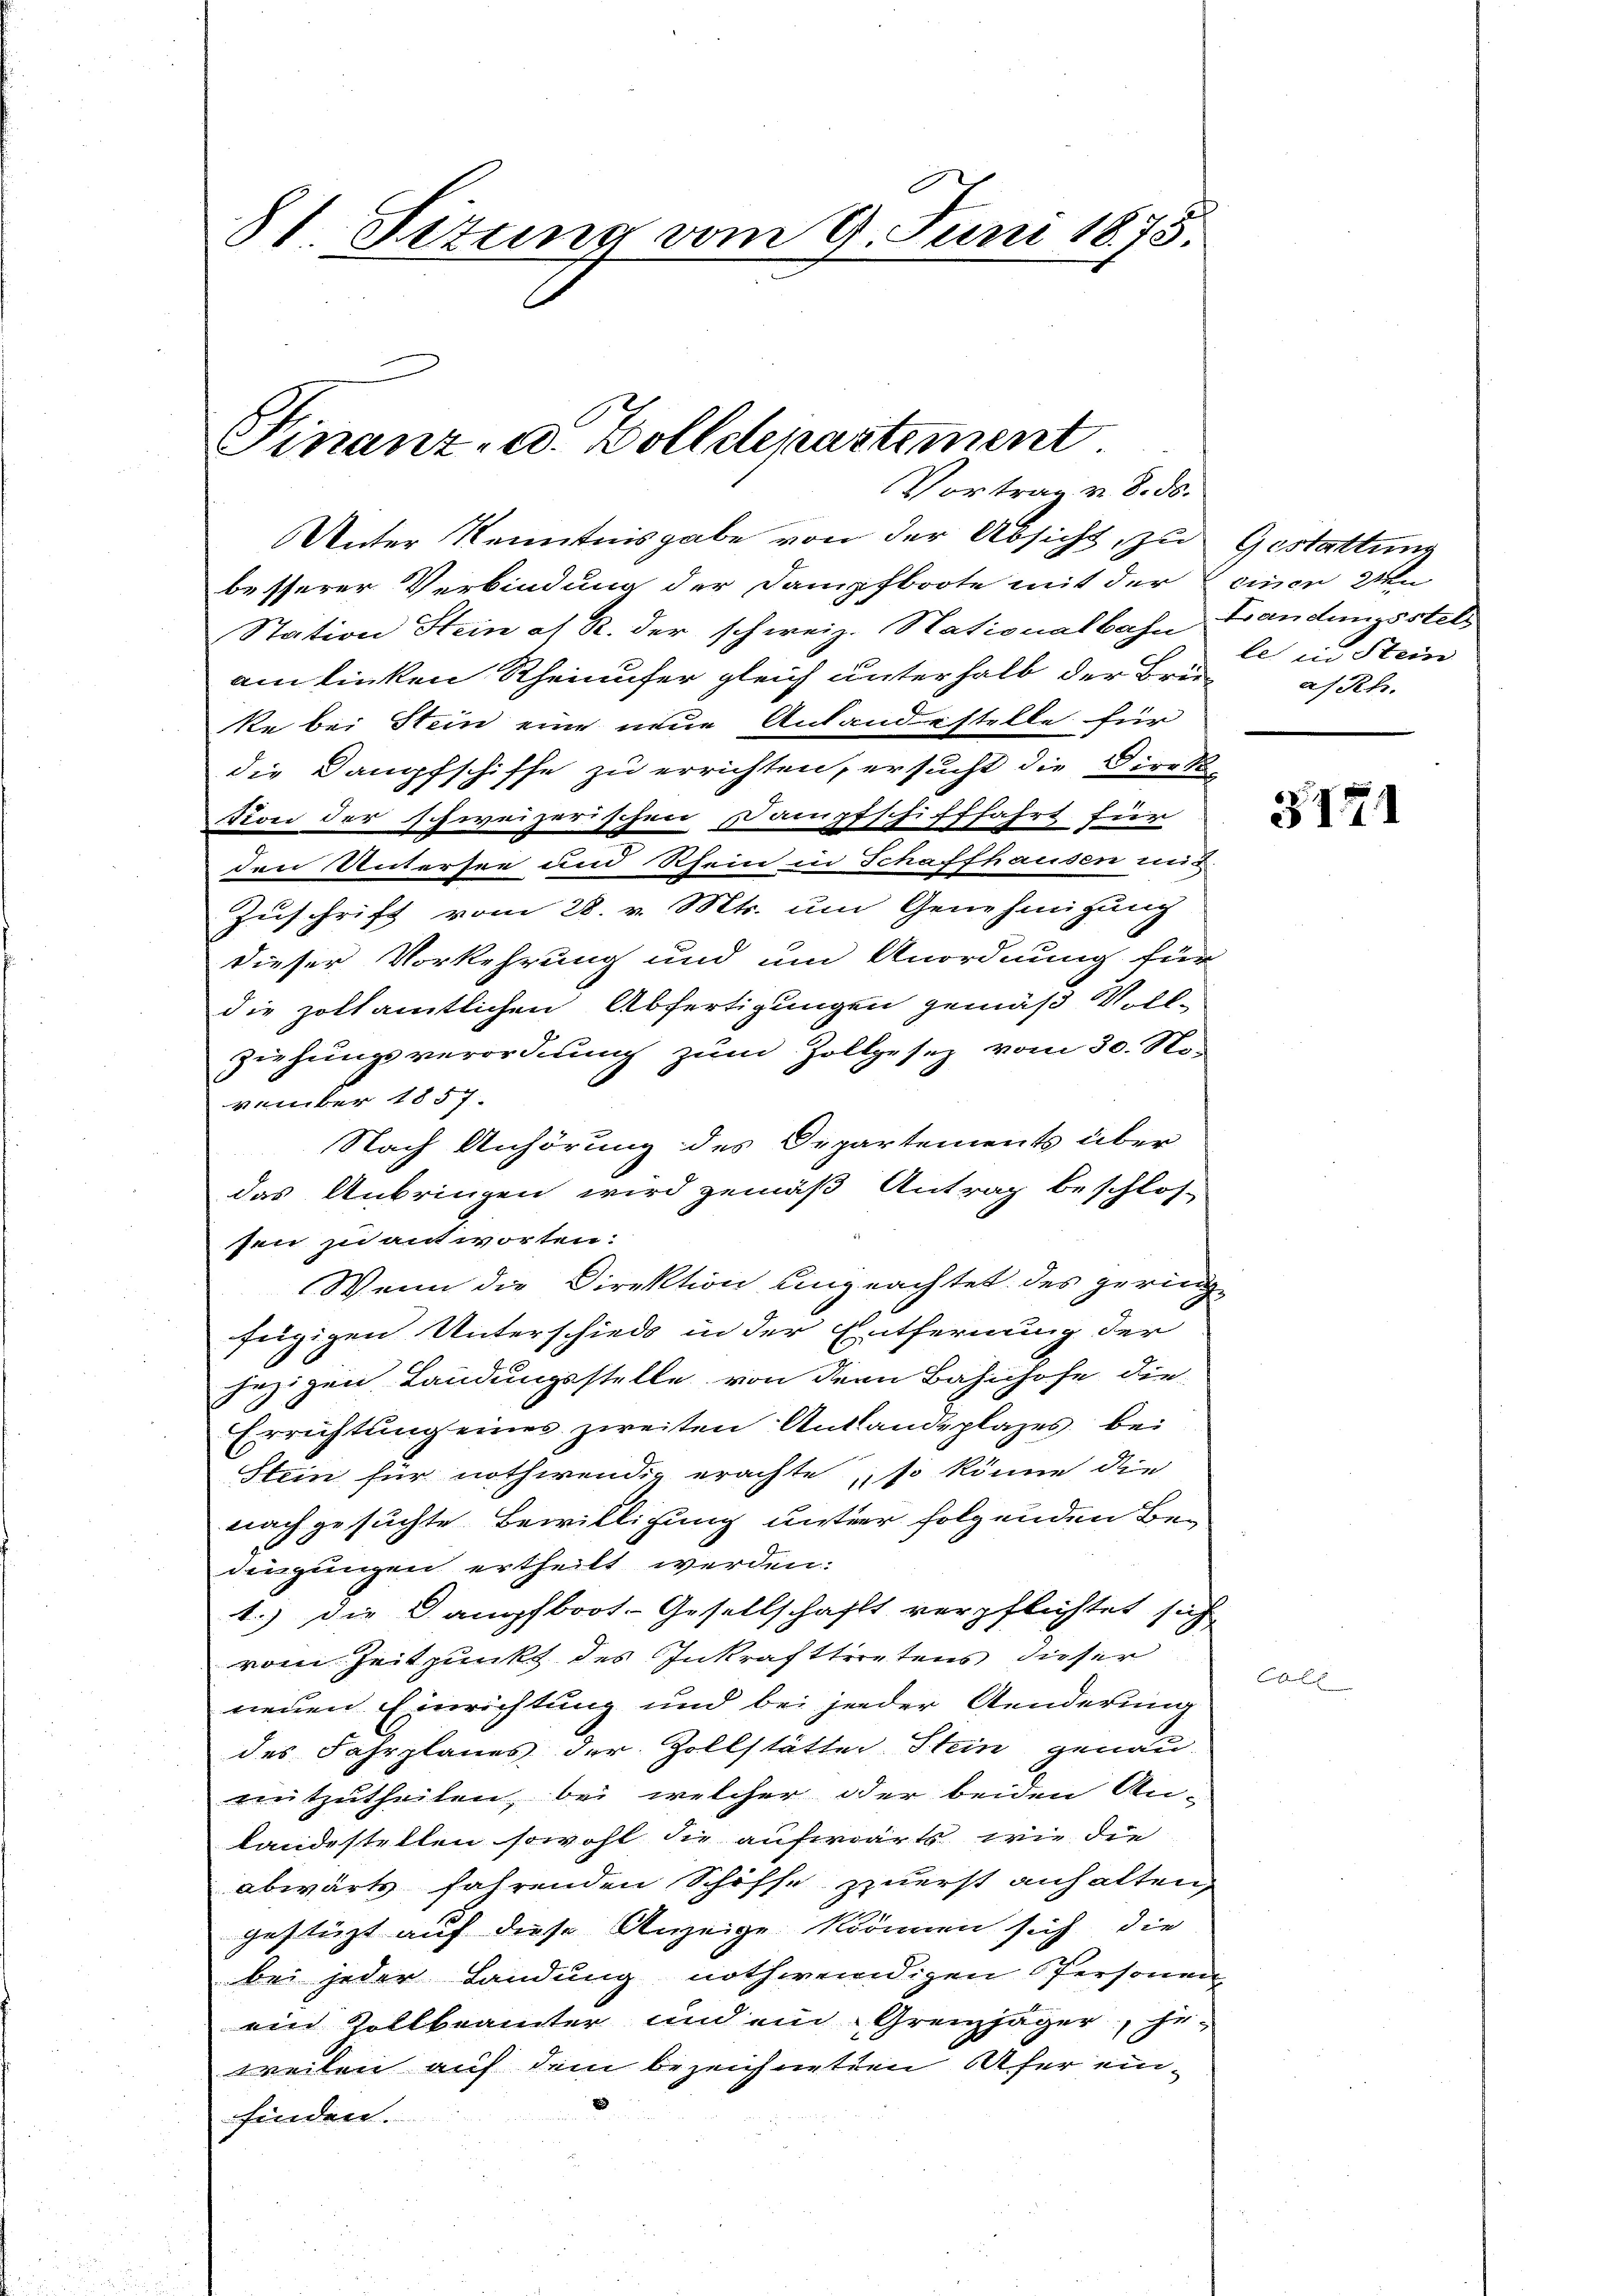
81. Situng vom 9. Juni 1875.

Finanz- u. Bolldenastement
Vortrag v. 8. ds.

Unter Kenntnisgabe von der Absicht, zu Gestattung
besserer Verbindung der Dampfboote mit der einen den
Station Stein of R. der schweiz. Nationalbahn Landen sstell
am linken Rheinufer gleich unterhalb der Breike bei Stein eine neue Anlandestelle für
die Dampfschiffe zu errichten, ersucht die Direk-
Ston der schweizerischen Dampfschifffahrt für
den Untersee und Rhein in Schaffhausen mit
Zuschrift vom 28. v. Mts. um Genehmigung
dieser Vorkehrung und um Anordnung für
die zoltamtlichen Abfertigungen gemäß Voll-
ziehungsverordnung zum Zollgesez vom 30. November 1857.
Nach Anhörung des Departements über
das Anbringen wird gemäß Antrag beschlos-
sen zu antworten:
Wenn die Direktion eingeachtet des gering
fügigen Unterschieds in der Entfernung der
jezigen Landungsstelle von dem Bahnhofe die
Errichtung eines zweiten Antandplazes bei
Stein für nothwendig erachte, so könne die
nachgesuchte Bewilligung unter folgenden Be-
dingungen ertheilt werden.
1.) Die Dampfboot-Gesellschaft verpflichtet sich
vom Zeitpunkt des Inkrafttretens dieser
neuen Einrichtung und bei jeder Aenderung
des Fahrplanes der Zollstätter Stein genau
mitzutheilen, bei welcher oder beiden An-
Landestellen sowohl die aufwärts wie die
abwärts fahrenden Schiffe zuerst anhalten,
gestüzt auf diese Anzeige können sich die
bei jeder Landung nothwendigen Personen
ein Zollbeamter und ein Grenzjäger, Er-
weilen auf dem bezeichneten Ufer einfinden.

le in Stein
a/Rh.

.

§171

e